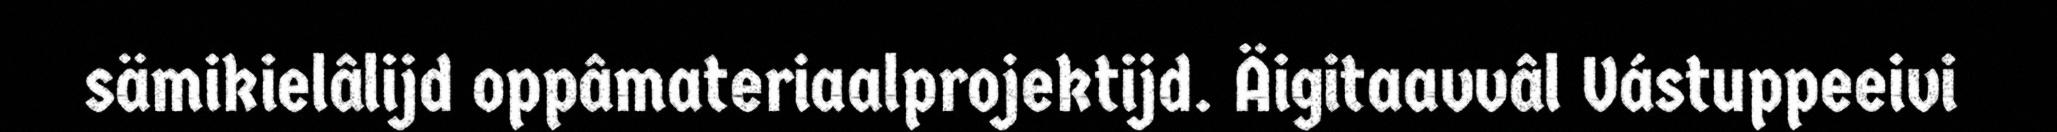
sämikielâlijd oppâmateriaalprojektijd. Äigitaavvâl Vástuppeeivi